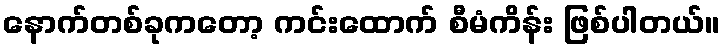
နောက်တစ်ခုကတော့ ကင်းထောက် စီမံကိန်း ဖြစ်ပါတယ်။